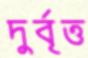
দুর্বৃত্ত